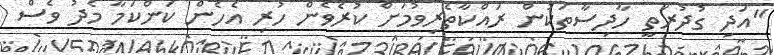
"އަދި ގުދުރަތީ ހާދިސާތަކުން ރައްކާތެރިވުމަށް ކުރެވެން ހުރި އެހެން ކަންކަމާ މެދު ވެސް